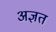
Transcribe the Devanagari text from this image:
अज्ञत